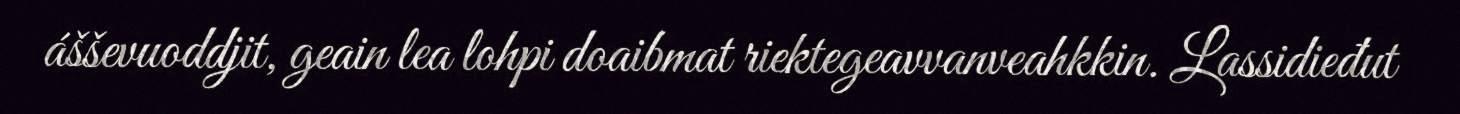
ášševuoddjit, geain lea lohpi doaibmat riektegeavvanveahkkin. Lassidieđut